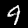
Digit: 9